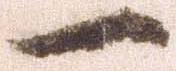
一